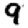
Digit: 9